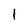
Character: I